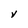
Character: V